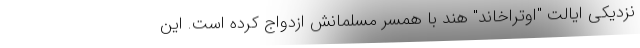
نزدیکی ایالت "اوتراخاند" هند با همسر مسلمانش ازدواج کرده است. این